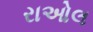
રાઓલ